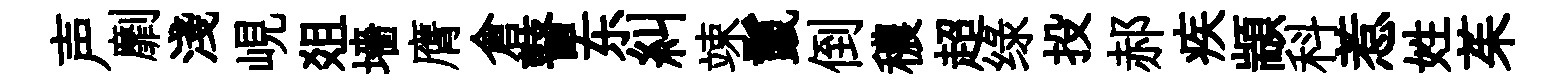
声劘淺峴爼墻膺倉瞽东糾竦鬣倒穠超绿投郝疾顓科惹姓茱